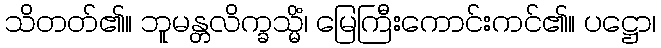
သိတတ်၏။ ဘူမန္တလိက္ခသ္မိံ၊ မြေကြီးကောင်းကင်၏။ ပဋ္ဌော၊